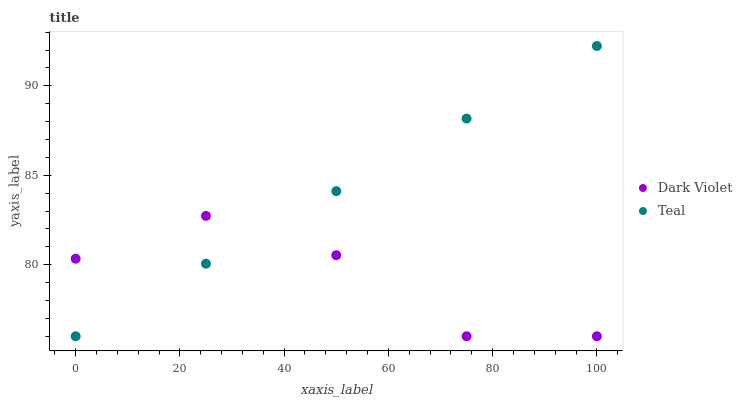
| xaxis_label | Dark Violet | Teal |
 | --- | --- | --- |
 | 0 | 80.3 | 76 |
 | 25 | 82.7 | 80.1 |
 | 50 | 80.5 | 84.1 |
 | 75 | 76 | 88.2 |
 | 100 | 76 | 92.2 |